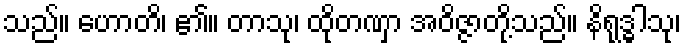
သည်။ ဟောတိ၊ ၏။ တာသု၊ ထိုတဏှာ အဝိဇ္ဇာတို့သည်။ နိရုဒ္ဓါသု၊